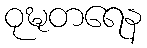
ဝုဍ္ဎတရေန